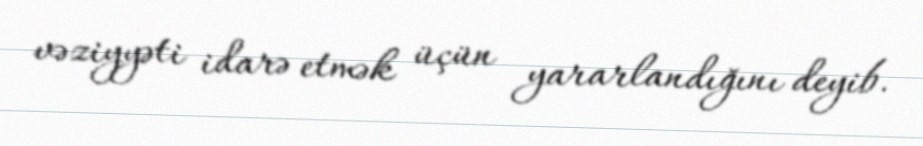
vəziyyəti idarə etmək üçün yararlandığını deyib.